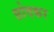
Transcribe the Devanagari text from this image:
छोदकर